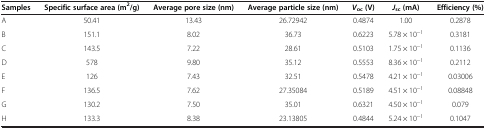
<table><thead><tr><td><b>Samples</b></td><td><b>Specific surface area (m<sup>2</sup>/g)</b></td><td><b>Average pore size (nm)</b></td><td><b>Average particle size (nm)</b></td><td><b><i>V</i><sub>oc</sub>(V)</b></td><td><b><i>J</i><sub>sc</sub>(mA)</b></td><td><b>Efficiency (%)</b></td></tr></thead><tbody><tr><td>A</td><td>50.41</td><td>13.43</td><td>26.72942</td><td>0.4874</td><td>1.00</td><td>0.2878</td></tr><tr><td>B</td><td>151.1</td><td>8.02</td><td>36.73</td><td>0.6223</td><td>5.78 × 10<sup>−1</sup></td><td>0.3181</td></tr><tr><td>C</td><td>143.5</td><td>7.22</td><td>28.61</td><td>0.5103</td><td>1.75 × 10<sup>−1</sup></td><td>0.1136</td></tr><tr><td>D</td><td>578</td><td>9.80</td><td>35.12</td><td>0.5553</td><td>8.36 × 10<sup>−1</sup></td><td>0.2112</td></tr><tr><td>E</td><td>126</td><td>7.43</td><td>32.51</td><td>0.5478</td><td>4.21 × 10<sup>−1</sup></td><td>0.03006</td></tr><tr><td>F</td><td>136.5</td><td>7.62</td><td>27.35084</td><td>0.5189</td><td>4.51 × 10<sup>−1</sup></td><td>0.08848</td></tr><tr><td>G</td><td>130.2</td><td>7.50</td><td>35.01</td><td>0.6321</td><td>4.50 × 10<sup>−1</sup></td><td>0.079</td></tr><tr><td>H</td><td>133.3</td><td>8.38</td><td>23.13805</td><td>0.4844</td><td>5.24 × 10<sup>−1</sup></td><td>0.1047</td></tr></tbody></table>